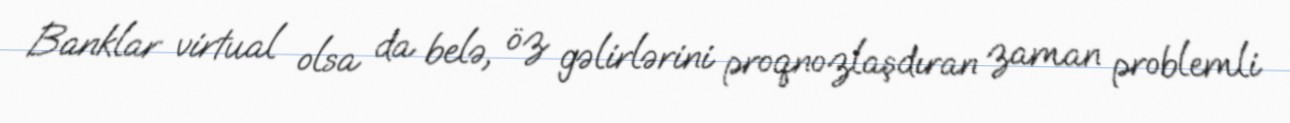
Banklar virtual olsa da belə, öz gəlirlərini proqnozlaşdıran zaman problemli